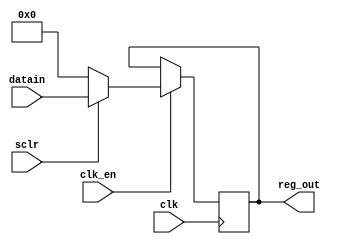
module reg16(
	input clk,sclr,clk_en,
	input [15:0] datain,
	output reg [15:0] reg_out);
always@(posedge clk) begin
	if(clk_en) begin
		if(!sclr)
			reg_out <= 0;
		else
			reg_out <= datain;
	end
end
endmodule
module tst();
reg clk ,sclr,clk_en;
reg [15:0] datain;
wire [15:0] reg_out;
reg16 r(clk,sclr,clk_en,datain,reg_out);
always
	#5 clk=~clk;
initial
	$monitor("sclr=%b clk_en=%b datain=%0d reg_out=%0d",sclr,clk_en,datain,reg_out);
initial begin
clk = 0; clk_en=0; sclr=1; datain=19;
#11
clk_en=1;
#13
sclr=0;
#11
sclr=1 ;
#12
datain =12;
#11
clk_en=0;
#12
datain=29;
#80;
end
endmodule